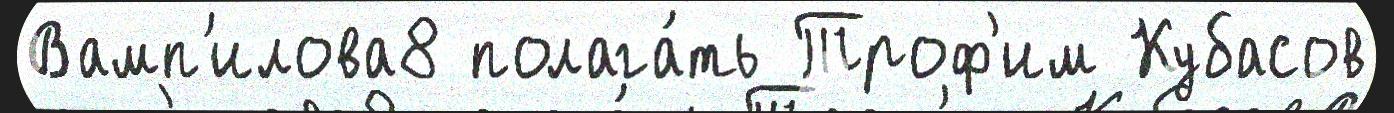
Вамп'илова8 полага́ть Троф'им Кубасов